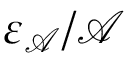
\varepsilon _ { \mathcal { A } } / \mathcal { A }